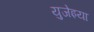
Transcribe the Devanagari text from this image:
युजेइया